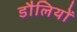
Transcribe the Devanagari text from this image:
डौलियों